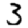
Digit: 3